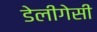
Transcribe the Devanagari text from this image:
डेलीगेसी